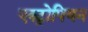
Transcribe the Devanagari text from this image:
एक्ट्रोपियन